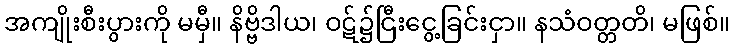
အကျိုးစီးပွားကို မမှီ။ နိဗ္ဗိဒါယ၊ ဝဋ်၌ငြီးငွေ့ခြင်းငှာ။ နသံဝတ္တတိ၊ မဖြစ်။